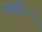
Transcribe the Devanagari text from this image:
पर्णन